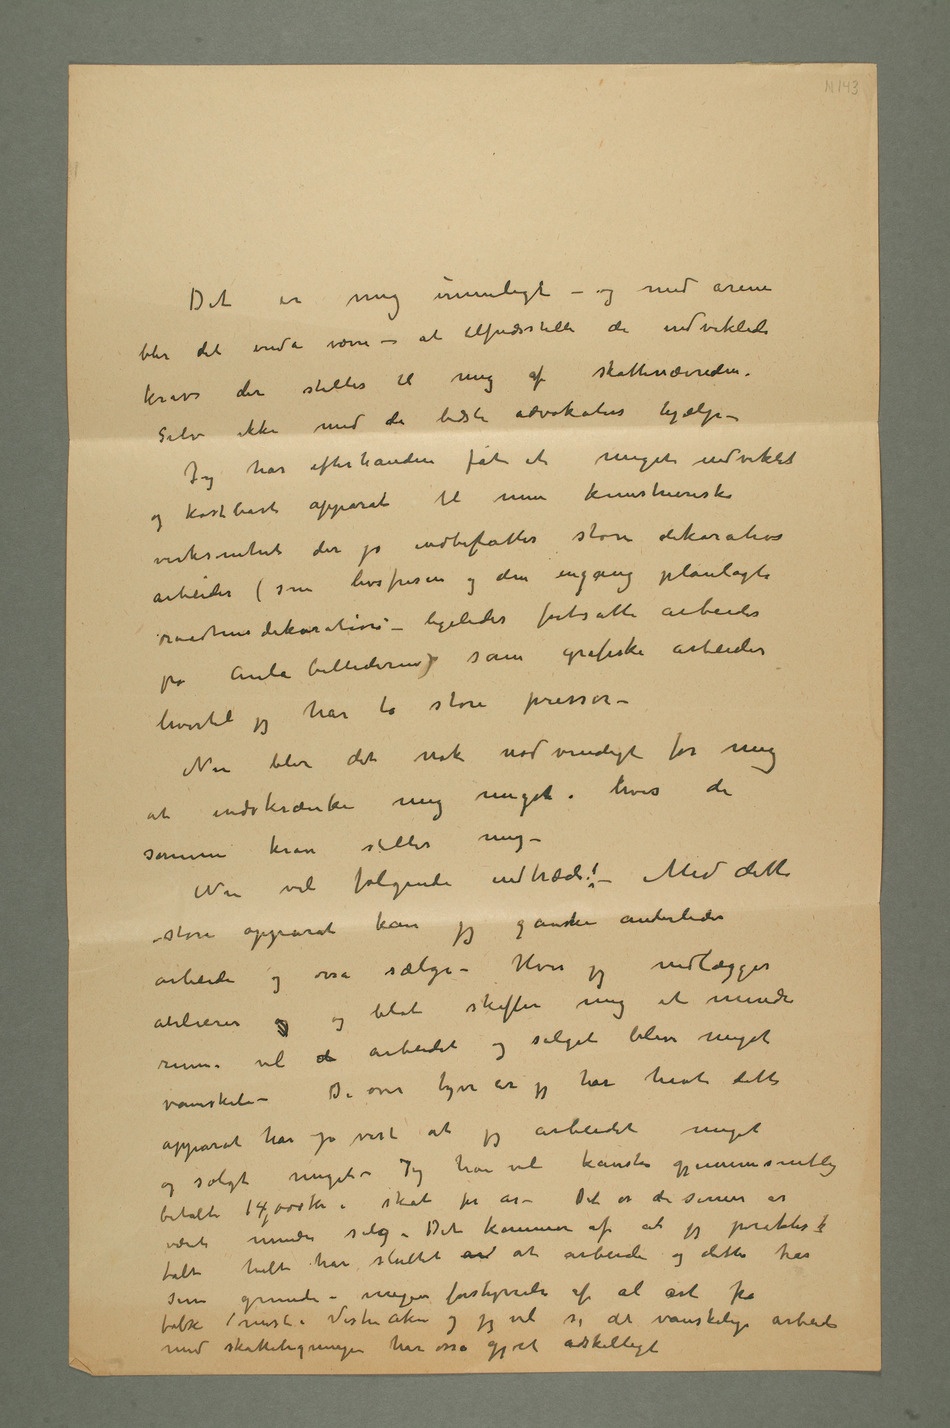
Det er mig umuligt – og med årene blir
at tilfredsstille de indviklede
krav der stilles til mig af skattenævnden.
– Jeg har efterhånden fåt et meget indviklet og
kostbart apparat til min kunstneriske
virksomhet der jo indbefatter store dekorative
arbeider (som livsfrisen og den engang planlagte
raadhusdekoration – ligeledes fortsatte arbeider på
Aula billederne) som grafiske arbeider
hvortil jeg har to store presser –
Nu blir det nok nødvendigt for mig
at indskrænke mig meget, hvis de
krav stilles mig –
Nu vil følgende indtræde: – Med dette
store apparat kan jeg ganske anderledes
arbeide og osså sælge – Hvis jeg nedlægger
blot skaffer mig et mindre
vanskeli – De over tyve år jeg har havt dette
apparat har jo vist at jeg arbeidet meget
og solgt meget – Jeg har vel kanske gjennemsnitlig
betalt 14,000 kr i skat pr år – Det er de senere år
sine grunde i megen forstyrrelse af al art fra
folk mest i Vestre Aker og jeg vil si det vanskelige arbeide
med skatteligningen har osså gjort adskilligt